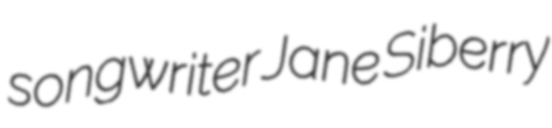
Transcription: songwriter Jane Siberry